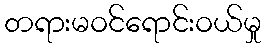
တရားမဝင်ရောင်းဝယ်မှု